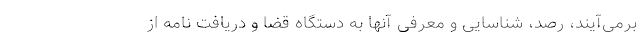
برمی‌آیند، رصد، شناسایی و معرفی آنها به دستگاه قضا و دریافت نامه از